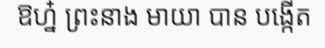
ឱហ្ន៎ ព្រះនាង មាយា បាន បង្កើត